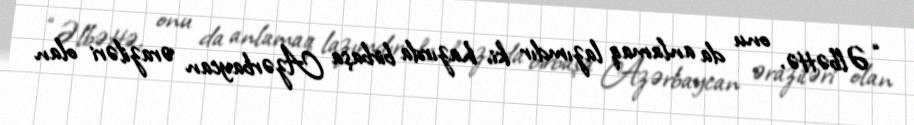
“Əlbəttə, onu da anlamaq lazımdır ki, hazırda birbaşa Azərbaycan əraziləri olan